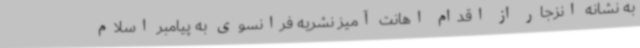
به نشانه انزجار از اقدام اهانت آمیز نشریه فرانسوی به پیامبر اسلام